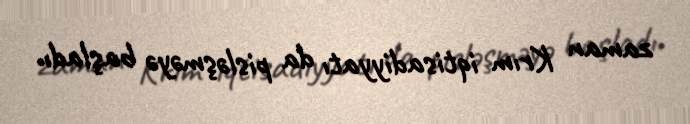
zaman Krım iqtisadiyyatı da pisləşməyə başladı.